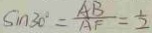
\sin 3 0 ^ { \circ } = \frac { A B } { A F } = \frac { 1 } { 2 }